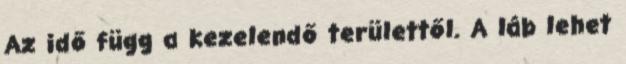
Az idő függ a kezelendő területtől. A láb lehet